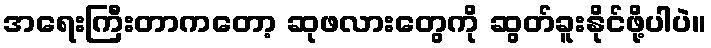
အရေးကြီးတာကတော့ ဆုဖလားတွေကို ဆွတ်ခူးနိုင်ဖို့ပါပဲ။